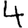
Digit: 4